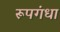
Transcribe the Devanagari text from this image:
रूपगंधा